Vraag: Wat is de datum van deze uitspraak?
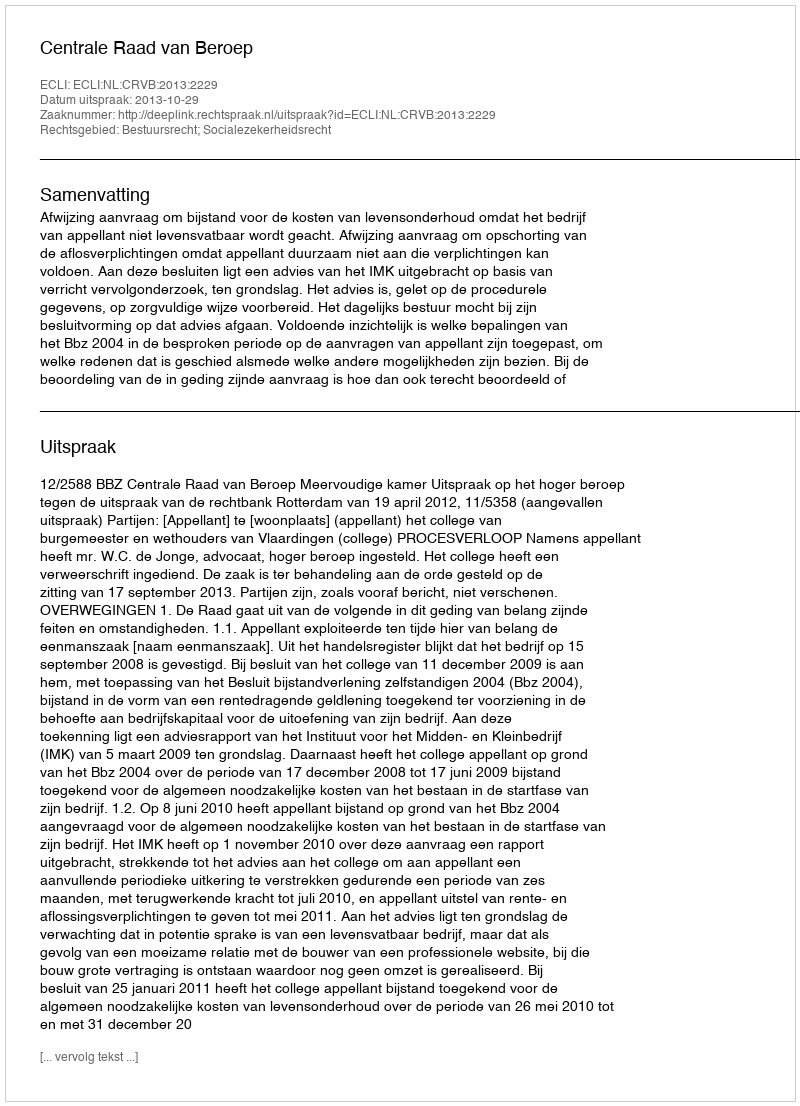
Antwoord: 2013-10-29